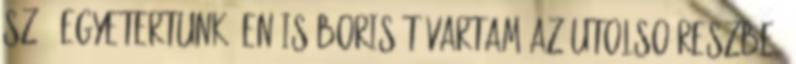
szó. egyetertunk, en is Boris-t vartam az utolso reszbe,